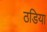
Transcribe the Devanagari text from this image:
ठडिया